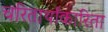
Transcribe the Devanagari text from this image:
चरितार्थाकारिता